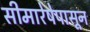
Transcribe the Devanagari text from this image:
सीमारेषेपासून